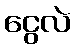
ငွေလဲ